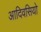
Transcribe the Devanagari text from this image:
आदिवसियो